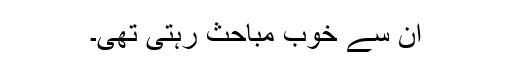
ان سے خوب مباحث رہتی تھی۔